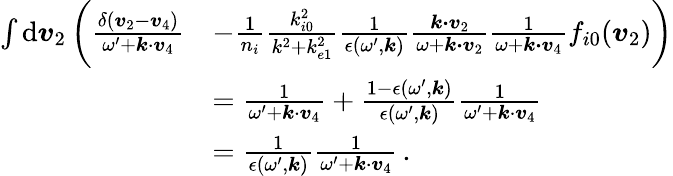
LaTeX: \begin{array}{rl}{\int\mathrm{d}\boldsymbol{v}_{2}\, \biggl(\frac{\delta(\boldsymbol{v}_{2}-\boldsymbol{v}_{4})}{\omega^{\prime}+\boldsymbol{k}\cdot\boldsymbol{v}_{4}}}&{-\frac{1}{n_{i}}\frac{k_{i0}^{2}}{k^{2}+k_{e1}^{2}}\frac{1}{\epsilon(\omega^{\prime},\boldsymbol{k})}\frac{\boldsymbol{k\cdot v}_{2}}{\omega+\boldsymbol{k\cdot v}_{2}}\frac{1}{\omega+\boldsymbol{k\cdot v}_{4}}f_{i0}(\boldsymbol{v}_{2})\biggr)}\\ &{=\frac{1}{\omega^{\prime}+\boldsymbol{k}\cdot\boldsymbol{v}_{4}}+\frac{1-\epsilon(\omega^{\prime},\boldsymbol{k})}{\epsilon(\omega^{\prime},\boldsymbol{k})}\frac{1}{\omega^{\prime}+\boldsymbol{k}\cdot\boldsymbol{v}_{4}}}\\ &{=\frac{1}{\epsilon(\omega^{\prime},\boldsymbol{k})}\frac{1}{\omega^{\prime}+\boldsymbol{k}\cdot\boldsymbol{v}_{4}}\, .}\end{array}